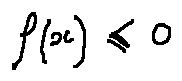
f ( x ) \leq 0